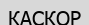
КАСКОР